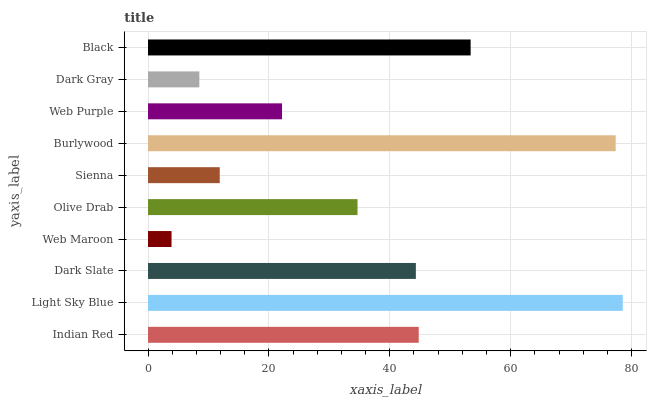
| yaxis_label | bars |
 | --- | --- |
 | Indian Red | 44.8 |
 | Light Sky Blue | 78.5 |
 | Dark Slate | 44.3 |
 | Web Maroon | 3.89 |
 | Olive Drab | 34.7 |
 | Sienna | 11.9 |
 | Burlywood | 77.4 |
 | Web Purple | 22.2 |
 | Dark Gray | 8.49 |
 | Black | 53.4 |